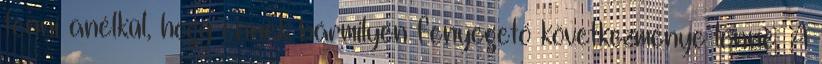
tenni anélkül, hogy ennek bármilyen fenyegető következménye lenne. A